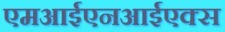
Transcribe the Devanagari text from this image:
एमआईएनआईएक्स